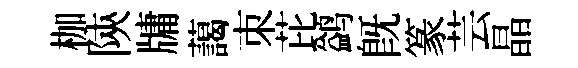
枷陝牗藹朿芘鹢既篆芸晶